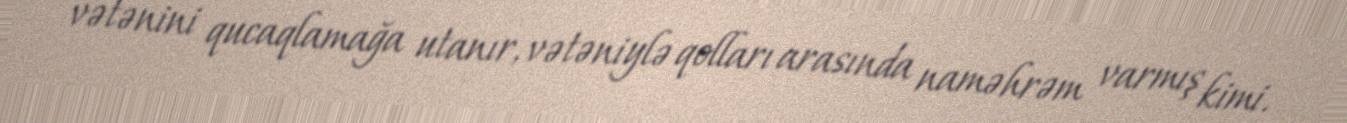
vətənini qucaqlamağa utanır, vətəniylə qolları arasında naməhrəm varmış kimi.